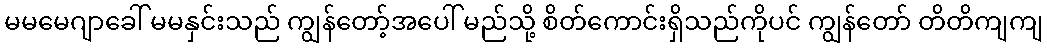
မမမေဂျာခေါ် မမနှင်းသည် ကျွန်တော့်အပေါ် မည်သို့ စိတ်ကောင်းရှိသည်ကိုပင် ကျွန်တော် တိတိကျကျ